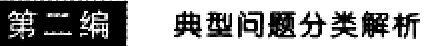
第二编 典型问题分类解析